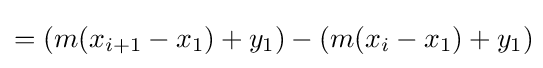
=(m(x_{i+1}-x_{1})+y_{1})-(m(x_{i}-x_{1})+y_{1})\!